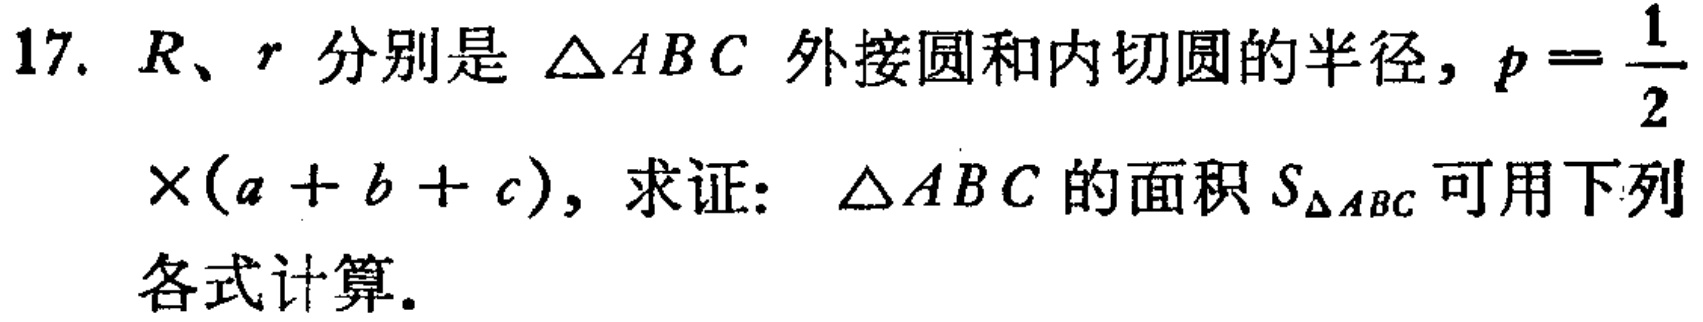
17. \(R、r\)分别是\(\triangle ABC\)外接圆和内切圆的半径，\(p = \frac{1}{2}\times(a + b + c)\)，求证：\(\triangle ABC\)的面积\(S_{\triangle ABC}\)可用下列各式计算.